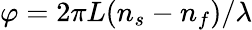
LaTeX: \varphi=2\pi L(n_{\mathnormal{s}}-n_{\mathnormal{f}})/\lambda